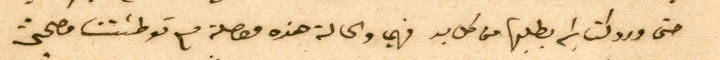
حتى ورد كتابكم بطلبها من كل بد فهي والحالة هذه معصلة مع توطئتنا مصححتين